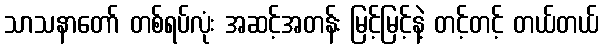
သာသနာတော် တစ်ရပ်လုံး အဆင့်အတန်း မြင့်မြင့်နဲ့ တင့်တင့် တယ်တယ်